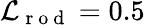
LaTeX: \mathcal{L}_{\mathrm{{~r~o~d~}}}=0.5